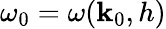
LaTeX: \omega_{0}=\omega(\mathbf{k}_{0},h)